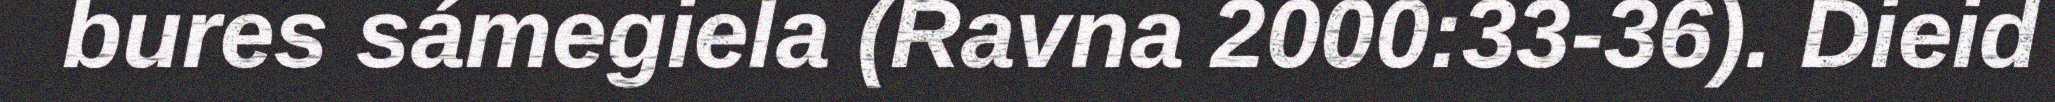
bures sámegiela (Ravna 2000:33-36). Dieid